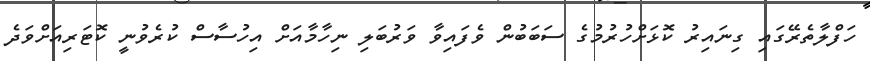
ހަފްލާތެރޭގައި ގިނައިރު ކޮޅަށްހުރުމުގެ ސަބަބުން ވެފައިވާ ވަރުބަލި ނިހާމާއަށް އިހުސާސް ކުރެވުނީ ކޮޓަރިއަށްވަދެ